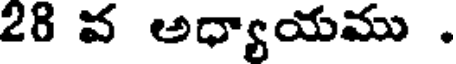
28 వ అధ్యాయము .